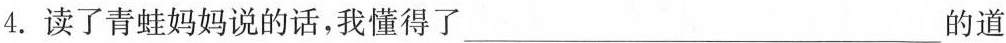
4. 读了青蛙妈妈说的话，我懂得了___